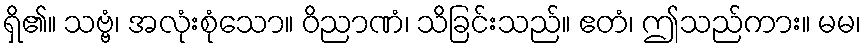
ရှိ၏။ သဗ္ဗံ၊ အလုံးစုံသော။ ဝိညာဏံ၊ သိခြင်းသည်။ ဧတံ၊ ဤသည်ကား။ မမ၊